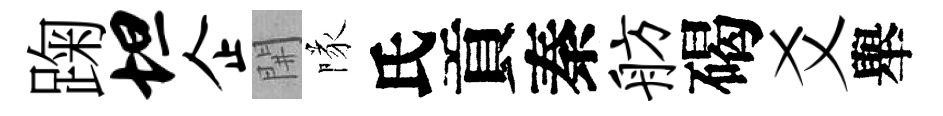
踘坦企𨳩隊氏貢秦舫碣爻舉